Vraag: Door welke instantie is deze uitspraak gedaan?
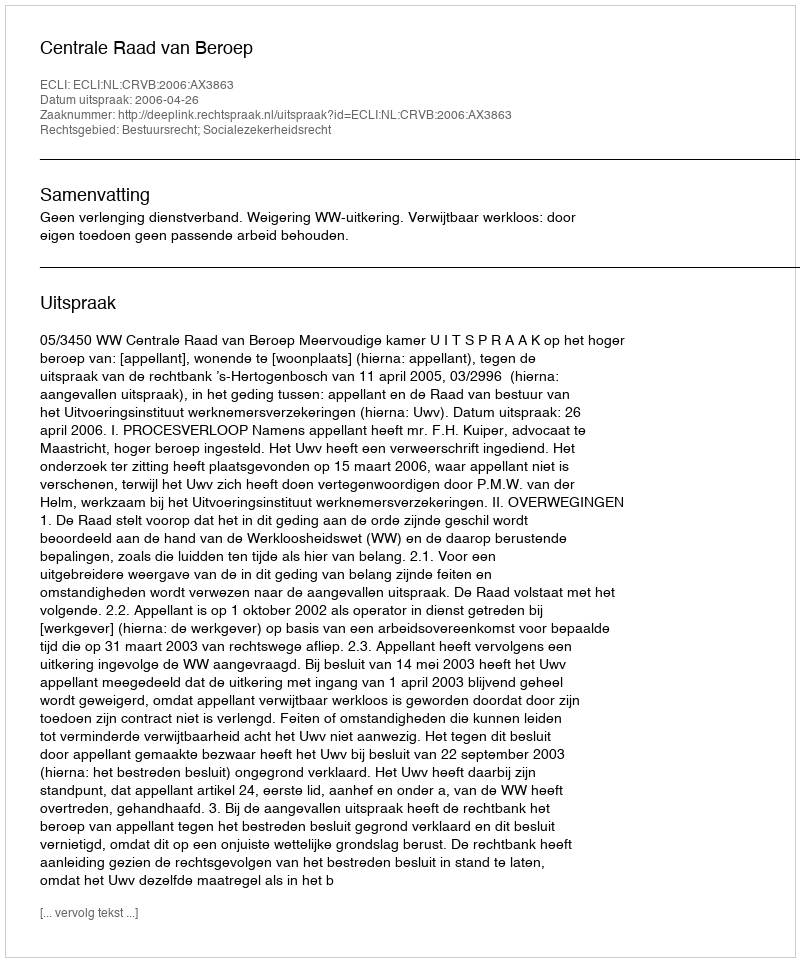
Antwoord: Centrale Raad van Beroep